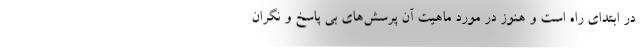
در ابتدای راه است و هنوز در مورد ماهیت آن پرسش‌های بی پاسخ و نگران